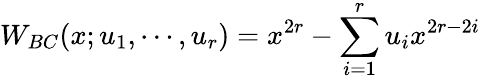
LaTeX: W_{BC}(x;u_{1},\cdots,u_{r})=x^{2r}-\sum_{i=1}^{r}u_{i}x^{2r-2i}